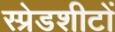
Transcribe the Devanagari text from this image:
स्प्रेडशीटों